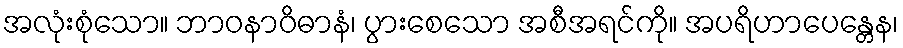
အလုံးစုံသော။ ဘာဝနာဝိဓာနံ၊ ပွားစေသော အစီအရင်ကို။ အပရိဟာပေန္တေန၊